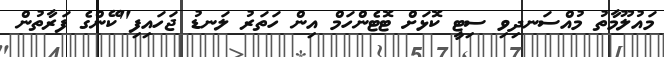
މައުލޫމާތު މުއްސަނދިވި ސިޓީ ކޮޅަށް ޓޮޓެންހަމް އިން ހަތަރު ލަނޑު ޖަހައިފި"ކޭންގެ ފަރާތުން